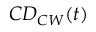
C D _ { C W } ( t )